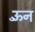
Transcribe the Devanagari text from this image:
ऊँन